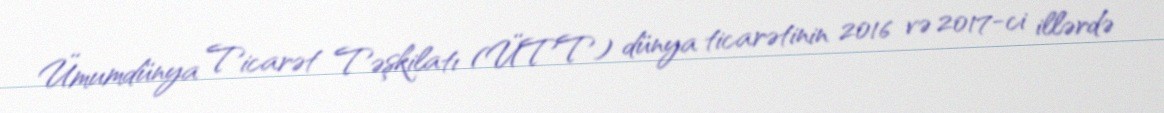
Ümumdünya Ticarət Təşkilatı (ÜTT) dünya ticarətinin 2016 və 2017-ci illərdə